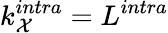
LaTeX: k_{\mathcal{X}}^{intra}=L^{intra}